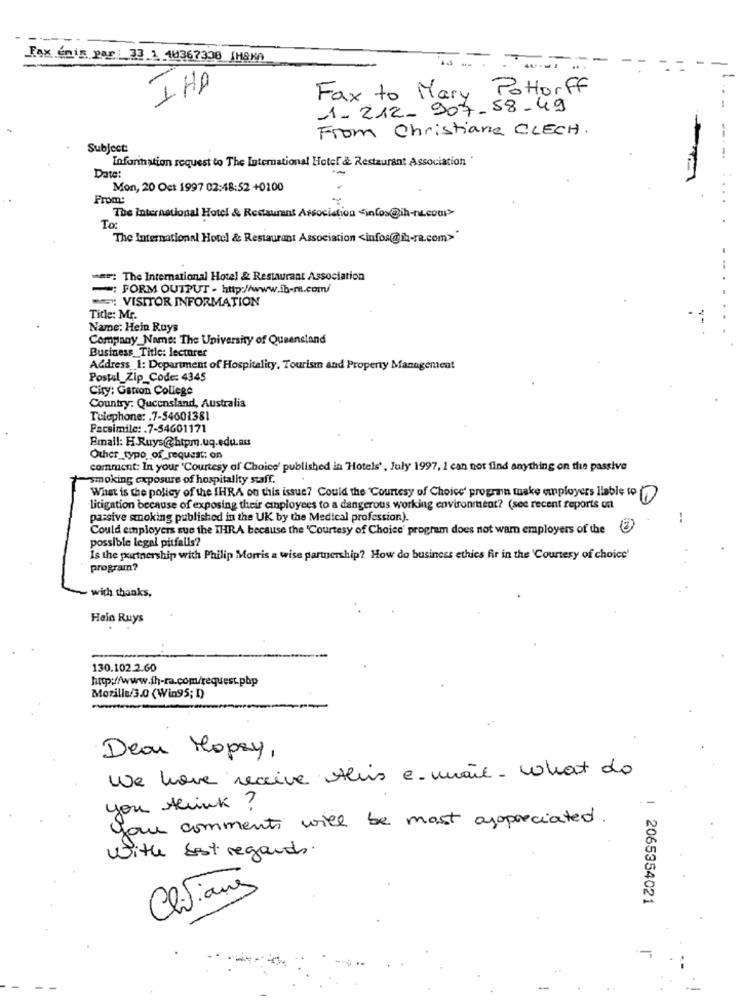
Fax enig par : 33 1 40367338 (H8K0
-
-
-
1 HP
Fax to Mary Pottorff
1-212-907-58-49
From Christiane CLECH.
---
Subject:
Information request to The International Hotel & Restaurant Association
-.
Date:
--
Mon, 20 Oct 1997 02:48:52 +0100
...
From:
The International Hotel & Restaurant Association "infos@ih-na.com>
To:
The International Hotel & Restaurant Association <infos@ih-ra.com>"
===: The International Hotel & Restaurant Association
: FORM OUTPUT - http://www.b.m.com/
VISITOR INFORMATION
Title: Mr.
Name: Hein Ruys
Company_Name: The University of Queensland
Business_Title: lecturer
Address 1: Department of Hospitality, Tourism and Property Management
Postul_Zip_Code: 4345
City: Gation College
Country: Queensland, Australia
Telephone: . 7-54601381
Facsimile: . 7-54601171
Email: H.Ruys@htpm.uq.edu.au
Other_type of_request: on
comment: In your 'Courtesy of Choice' published in Hotels' , July 1997, I can not find anything on the passive
"smoking exposure of hospitality staff.
What is the policy of the IHRA on this issue? Could the "Courtesy of Choice' progran make employers liable to
litigation because of exposing their employees to a dangerous working environment? (see recent reports on
passive smoking published in the UK by the Medical profession).
Could employers sue the THRA because the 'Courtesy of Choice' program does not warn employers of the ?
possible legal pitfalls?
Is the partnership with Philip Morris a wise partnership? How do business ethics fir in the 'Courtesy of choice'
program?
with thanks,
Heia Ruys
130.102.2.60
http://www.ih-ra.com/request.php
Mozilla/3.0 (Win95; D)
Deau Hopey,
We have receive this e-mail- what do
you think ?
your comments will be most appreciated.
With best regards.
Clivianis
2065354021